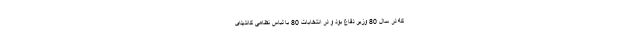
که در سال 80 وزیر دفاع بود و در انتخابات 80 با لباس نظامی کاندیدای